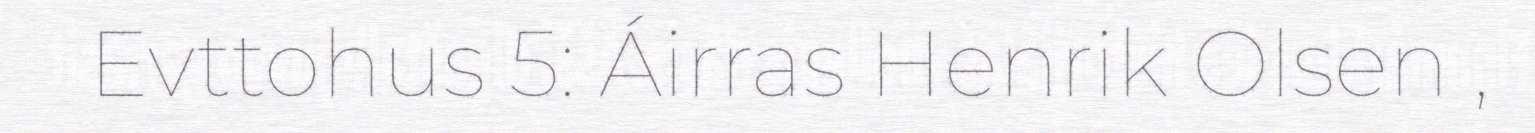
Evttohus 5: Áirras Henrik Olsen ,